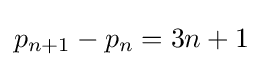
p_{n+1}-p_{n}=3n+1